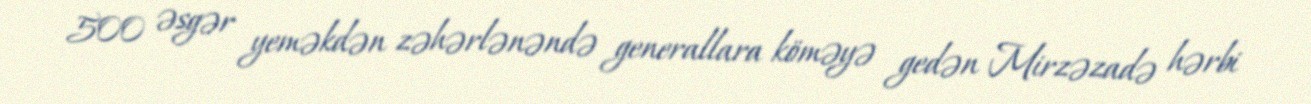
500 əsgər yeməkdən zəhərlənəndə generallara köməyə gedən Mirzəzadə hərbi